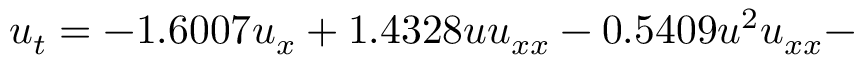
u _ { t } = - 1 . 6 0 0 7 u _ { x } + 1 . 4 3 2 8 u u _ { x x } - 0 . 5 4 0 9 u ^ { 2 } u _ { x x } -